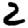
Digit: 2